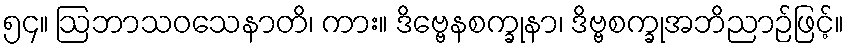
၅၄။ ဩဘာသဝသေနာတိ၊ ကား။ ဒိဗ္ဗေနစက္ခုနာ၊ ဒိဗ္ဗစက္ခုအဘိညာဉ်ဖြင့်။